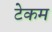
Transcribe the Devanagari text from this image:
टेकम